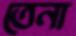
তেনা